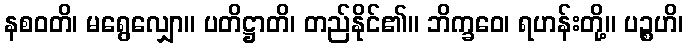
နစဝတိ၊ မရွေလျှော။ ပတိဋ္ဌာတိ၊ တည်နိုင်၏။ ဘိက္ခဝေ၊ ရဟန်းတို့။ ပဉ္စဟိ၊